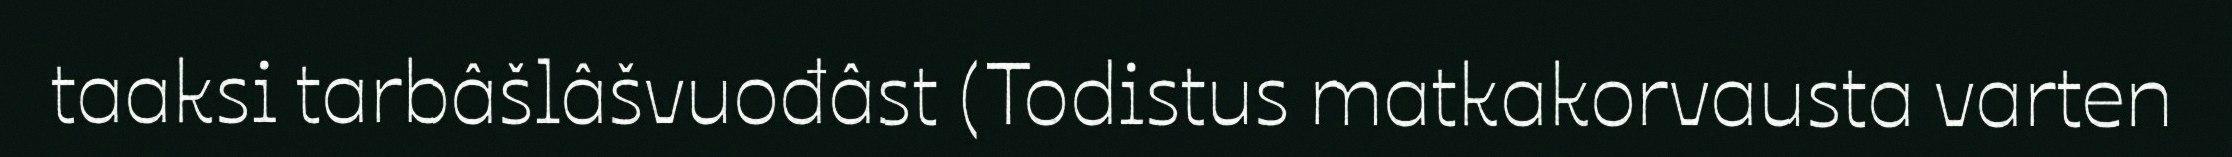
taaksi tarbâšlâšvuođâst (Todistus matkakorvausta varten